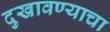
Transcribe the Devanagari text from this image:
दुखावण्याचा